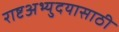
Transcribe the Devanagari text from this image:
राष्टअभ्युदयासाठी